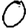
Digit: 0